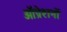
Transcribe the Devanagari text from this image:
ऑप्रेशनों